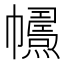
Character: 𢅱